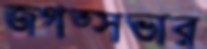
জগত্সভার